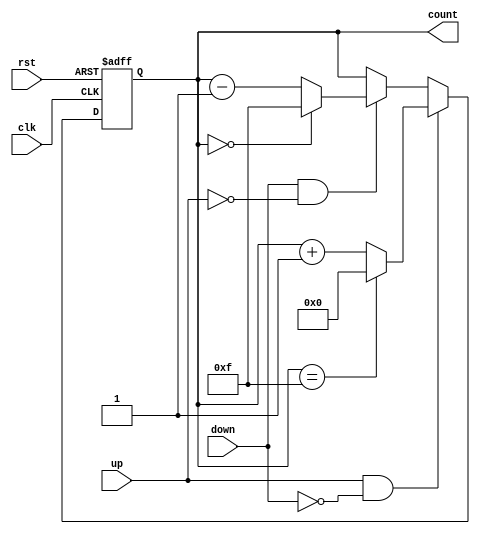
module UpDownCounter #(
    parameter N = 4  // Number of bits for the counter
)(
    input wire clk,      // Clock signal
    input wire rst,      // Asynchronous reset
    input wire up,       // Count up control signal
    input wire down,     // Count down control signal
    output reg [N-1:0] count // Current count value
);

    // Define the maximum count value based on the number of bits
    localparam MAX_COUNT = (1 << N) - 1;

    // Always block triggered on the rising edge of the clock
    always @(posedge clk or posedge rst) begin
        if (rst) begin
            count <= 0; // Reset the count to zero
        end else begin
            // Check the control signals for counting
            if (up && !down) begin
                // Increment the count with wrap-around
                count <= (count == MAX_COUNT) ? 0 : count + 1;
            end else if (down && !up) begin
                // Decrement the count with wrap-around
                count <= (count == 0) ? MAX_COUNT : count - 1;
            end
            // If both up and down are low, retain the current count
        end
    end

endmodule